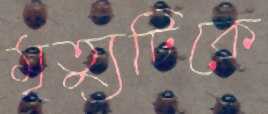
মৃত্যুটিকে